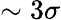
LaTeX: \sim 3\sigma